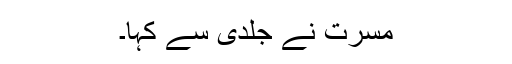
مسرت نے جلدی سے کہا۔